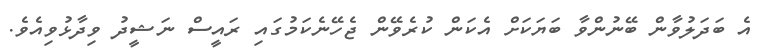
އެ ބަދަލުވާން ބޭނުންވާ ބަޔަކަށް އެކަން ކުރެވޭން ޖެހޭނެކަމުގައި ރައީސް ނަޝީދު ވިދާޅުވިއެވެ.